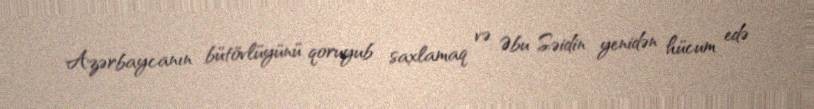
Azərbaycanın bütövlüyünü qoruyub saxlamaq və Əbu Səidin yenidən hücum edə